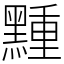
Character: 䵯